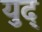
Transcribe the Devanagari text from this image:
युद्